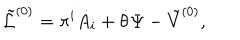
LaTeX: { \tilde { \cal L } } ^ { ( 0 ) } = \pi ^ { i } \dot { A _ { i } } + \dot { \theta } \Psi - { \tilde { V } } ^ { ( 0 ) } ,